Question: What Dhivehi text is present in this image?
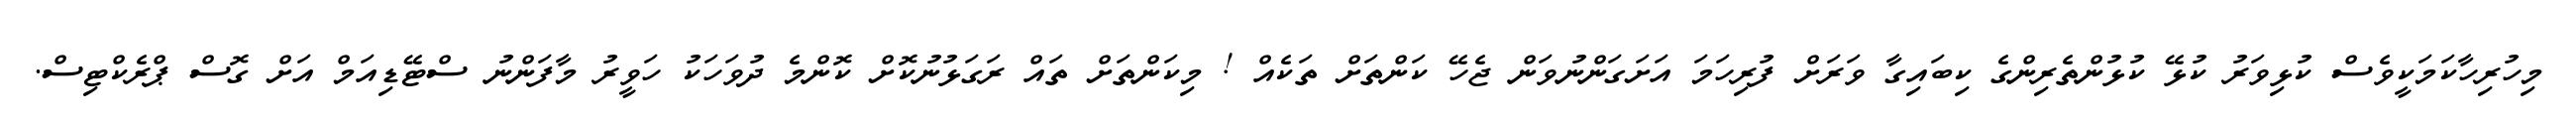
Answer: މިހުރިހާކަމަކީވެސް ކުޅިވަރު ކުޅޭ ކުޅުންތެރިންގެ ކިބައިގާ ވަރަށް ފުރިހަމަ އަށަގަންނުވަން ޖެހޭ ކަންތަށް ތަކެއް ! މިކަންތަށް ތައް ރަގަޅުނުކޮށް ކޮންމެ ދުވަހަކު ހަވީރު މާފަންނު ސްޓޭޑިއަމް އަށް ގޮސް ޕްރެކްޓިސް.